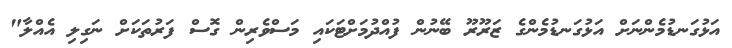
އަޅުގަނޑުމެންނަށް އަޅުގަނޑުމެންގެ ޒަރޫރޫ ބޭނުން ފުއްދުމަށްޓަކައި މަސްވެރިން ގޮސް ފަރުތަކަށް ނަގިލި އެއްލާ"